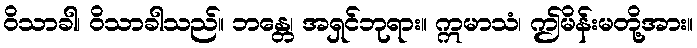
ဝိသာခါ၊ ဝိသာခါသည်။ ဘန္တေ၊ အရှင်ဘုရား။ ဣမာသံ၊ ဤမိန်းမတို့အား။